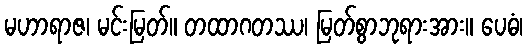
မဟာရာဇ၊ မင်းမြတ်။ တထာဂတဿ၊ မြတ်စွာဘုရားအား။ ပေဓံ၊